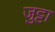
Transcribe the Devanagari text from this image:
जुट्टा